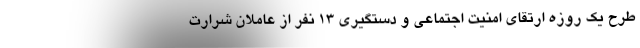
طرح یک روزه ارتقای امنیت اجتماعی و دستگیری ۱۳ نفر از عاملان شرارت